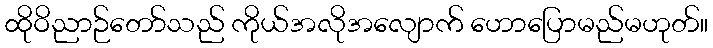
ထိုဝိညာဉ်တော်သည် ကိုယ်အလိုအလျောက် ဟောပြောမည်မဟုတ်။